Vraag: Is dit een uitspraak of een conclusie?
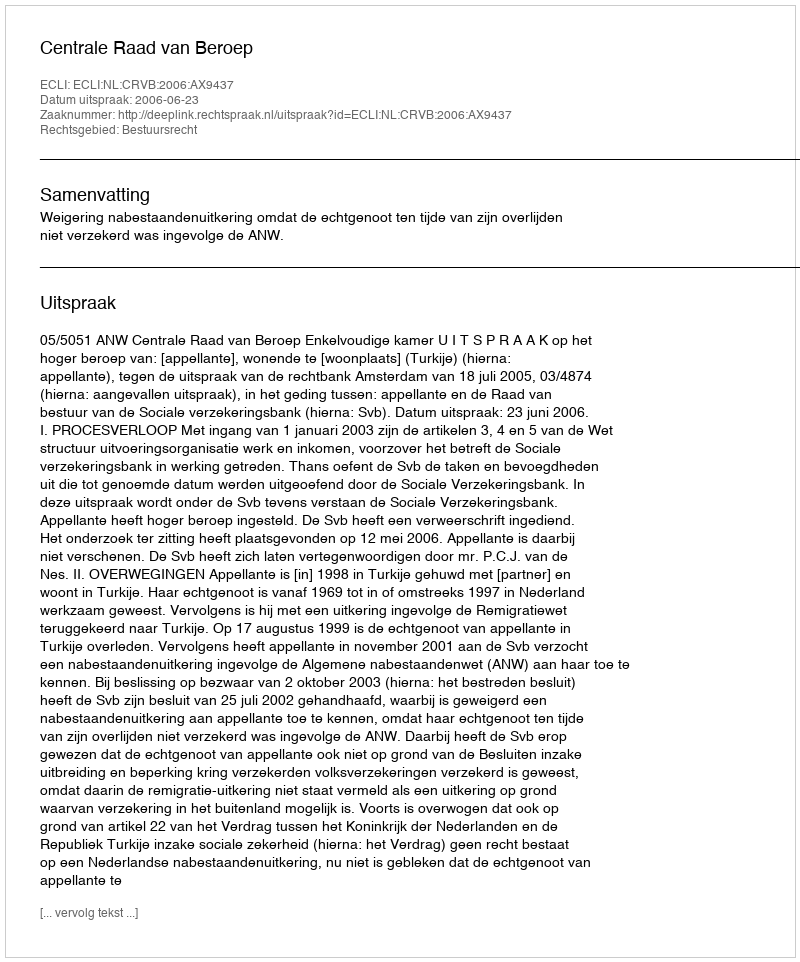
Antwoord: Uitspraak